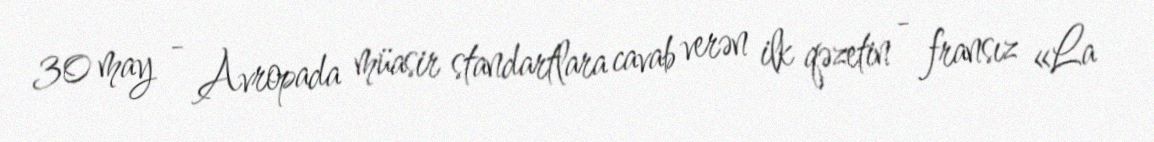
30 may - Avropada müasir standartlara cavab verən ilk qəzetin - fransız «La